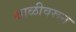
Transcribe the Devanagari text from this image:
जाळीवरून